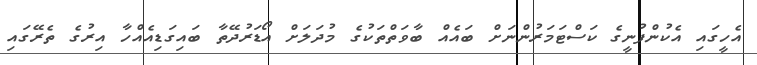
އެހީގައި އެކުންފުނީގެ ކަސްޓަމަރުންނަށް ބައެއް ބާވަތްތަކުގެ މުދަލަށް އޯޑަރުދޭތާ ބައިގަޑިއެއްހާ އިރުގެ ތެރޭގައި